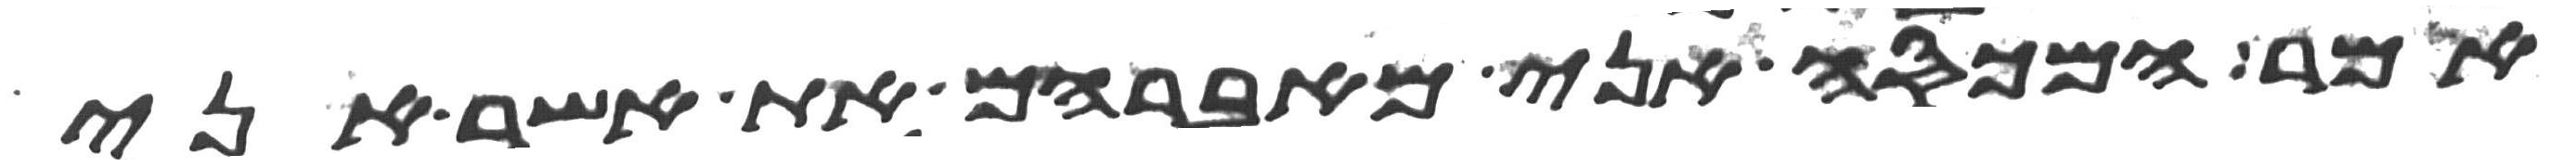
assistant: אמר המכסה אני מאברהם את אשר אני